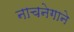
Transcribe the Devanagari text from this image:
नाचनेगाने